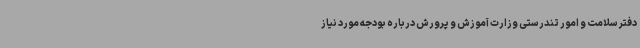
دفتر سلامت و امور تندرستی وزارت آموزش و پرورش درباره بودجه مورد نیاز